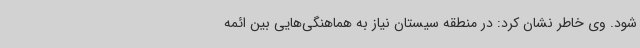
شود. وی خاطر نشان کرد: در منطقه سیستان نیاز به هماهنگی‌هایی بین ائمه